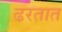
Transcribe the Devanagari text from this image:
ढरतात